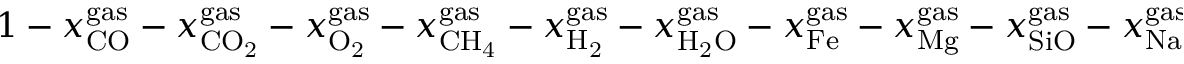
\begin{array} { r } { 1 - x _ { \mathrm { { C O } } } ^ { \mathrm { { g a s } } } - x _ { \mathrm { { C } } { \mathrm { { O } } _ { \mathrm { { 2 } } } } } ^ { \mathrm { { g a s } } } - x _ { { \mathrm { { O } } _ { \mathrm { { 2 } } } } } ^ { \mathrm { { g a s } } } - x _ { \mathrm { { C } } { \mathrm { { H } } _ { \mathrm { { 4 } } } } } ^ { \mathrm { { g a s } } } - x _ { { \mathrm { { H } } _ { \mathrm { { 2 } } } } } ^ { \mathrm { { g a s } } } - x _ { { \mathrm { { H } } _ { \mathrm { { 2 } } } } \mathrm { { O } } } ^ { \mathrm { { g a s } } } - x _ { \mathrm { { F e } } } ^ { \mathrm { { g a s } } } - x _ { \mathrm { { M g } } } ^ { \mathrm { { g a s } } } - x _ { \mathrm { { S i O } } } ^ { \mathrm { { g a s } } } - x _ { \mathrm { { N a } } } ^ { \mathrm { { g a s } } } = 0 } \end{array}